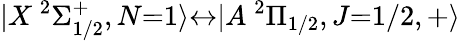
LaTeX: |X\ ^{2}\Sigma_{1/2}^{+},N{=}1\rangle{\leftrightarrow}|A\ ^{2}\Pi_{1/2},J{=}1/2,+\rangle